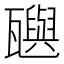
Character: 𬎰